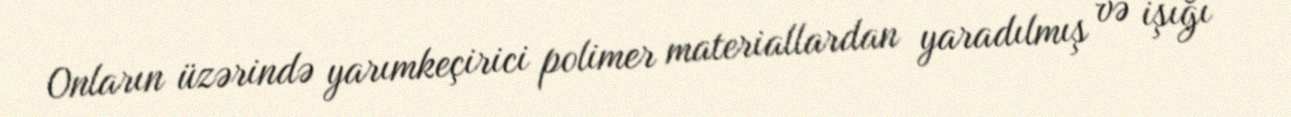
Onların üzərində yarımkeçirici polimer materiallardan yaradılmış və işığı